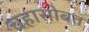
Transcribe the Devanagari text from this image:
चहासोबत